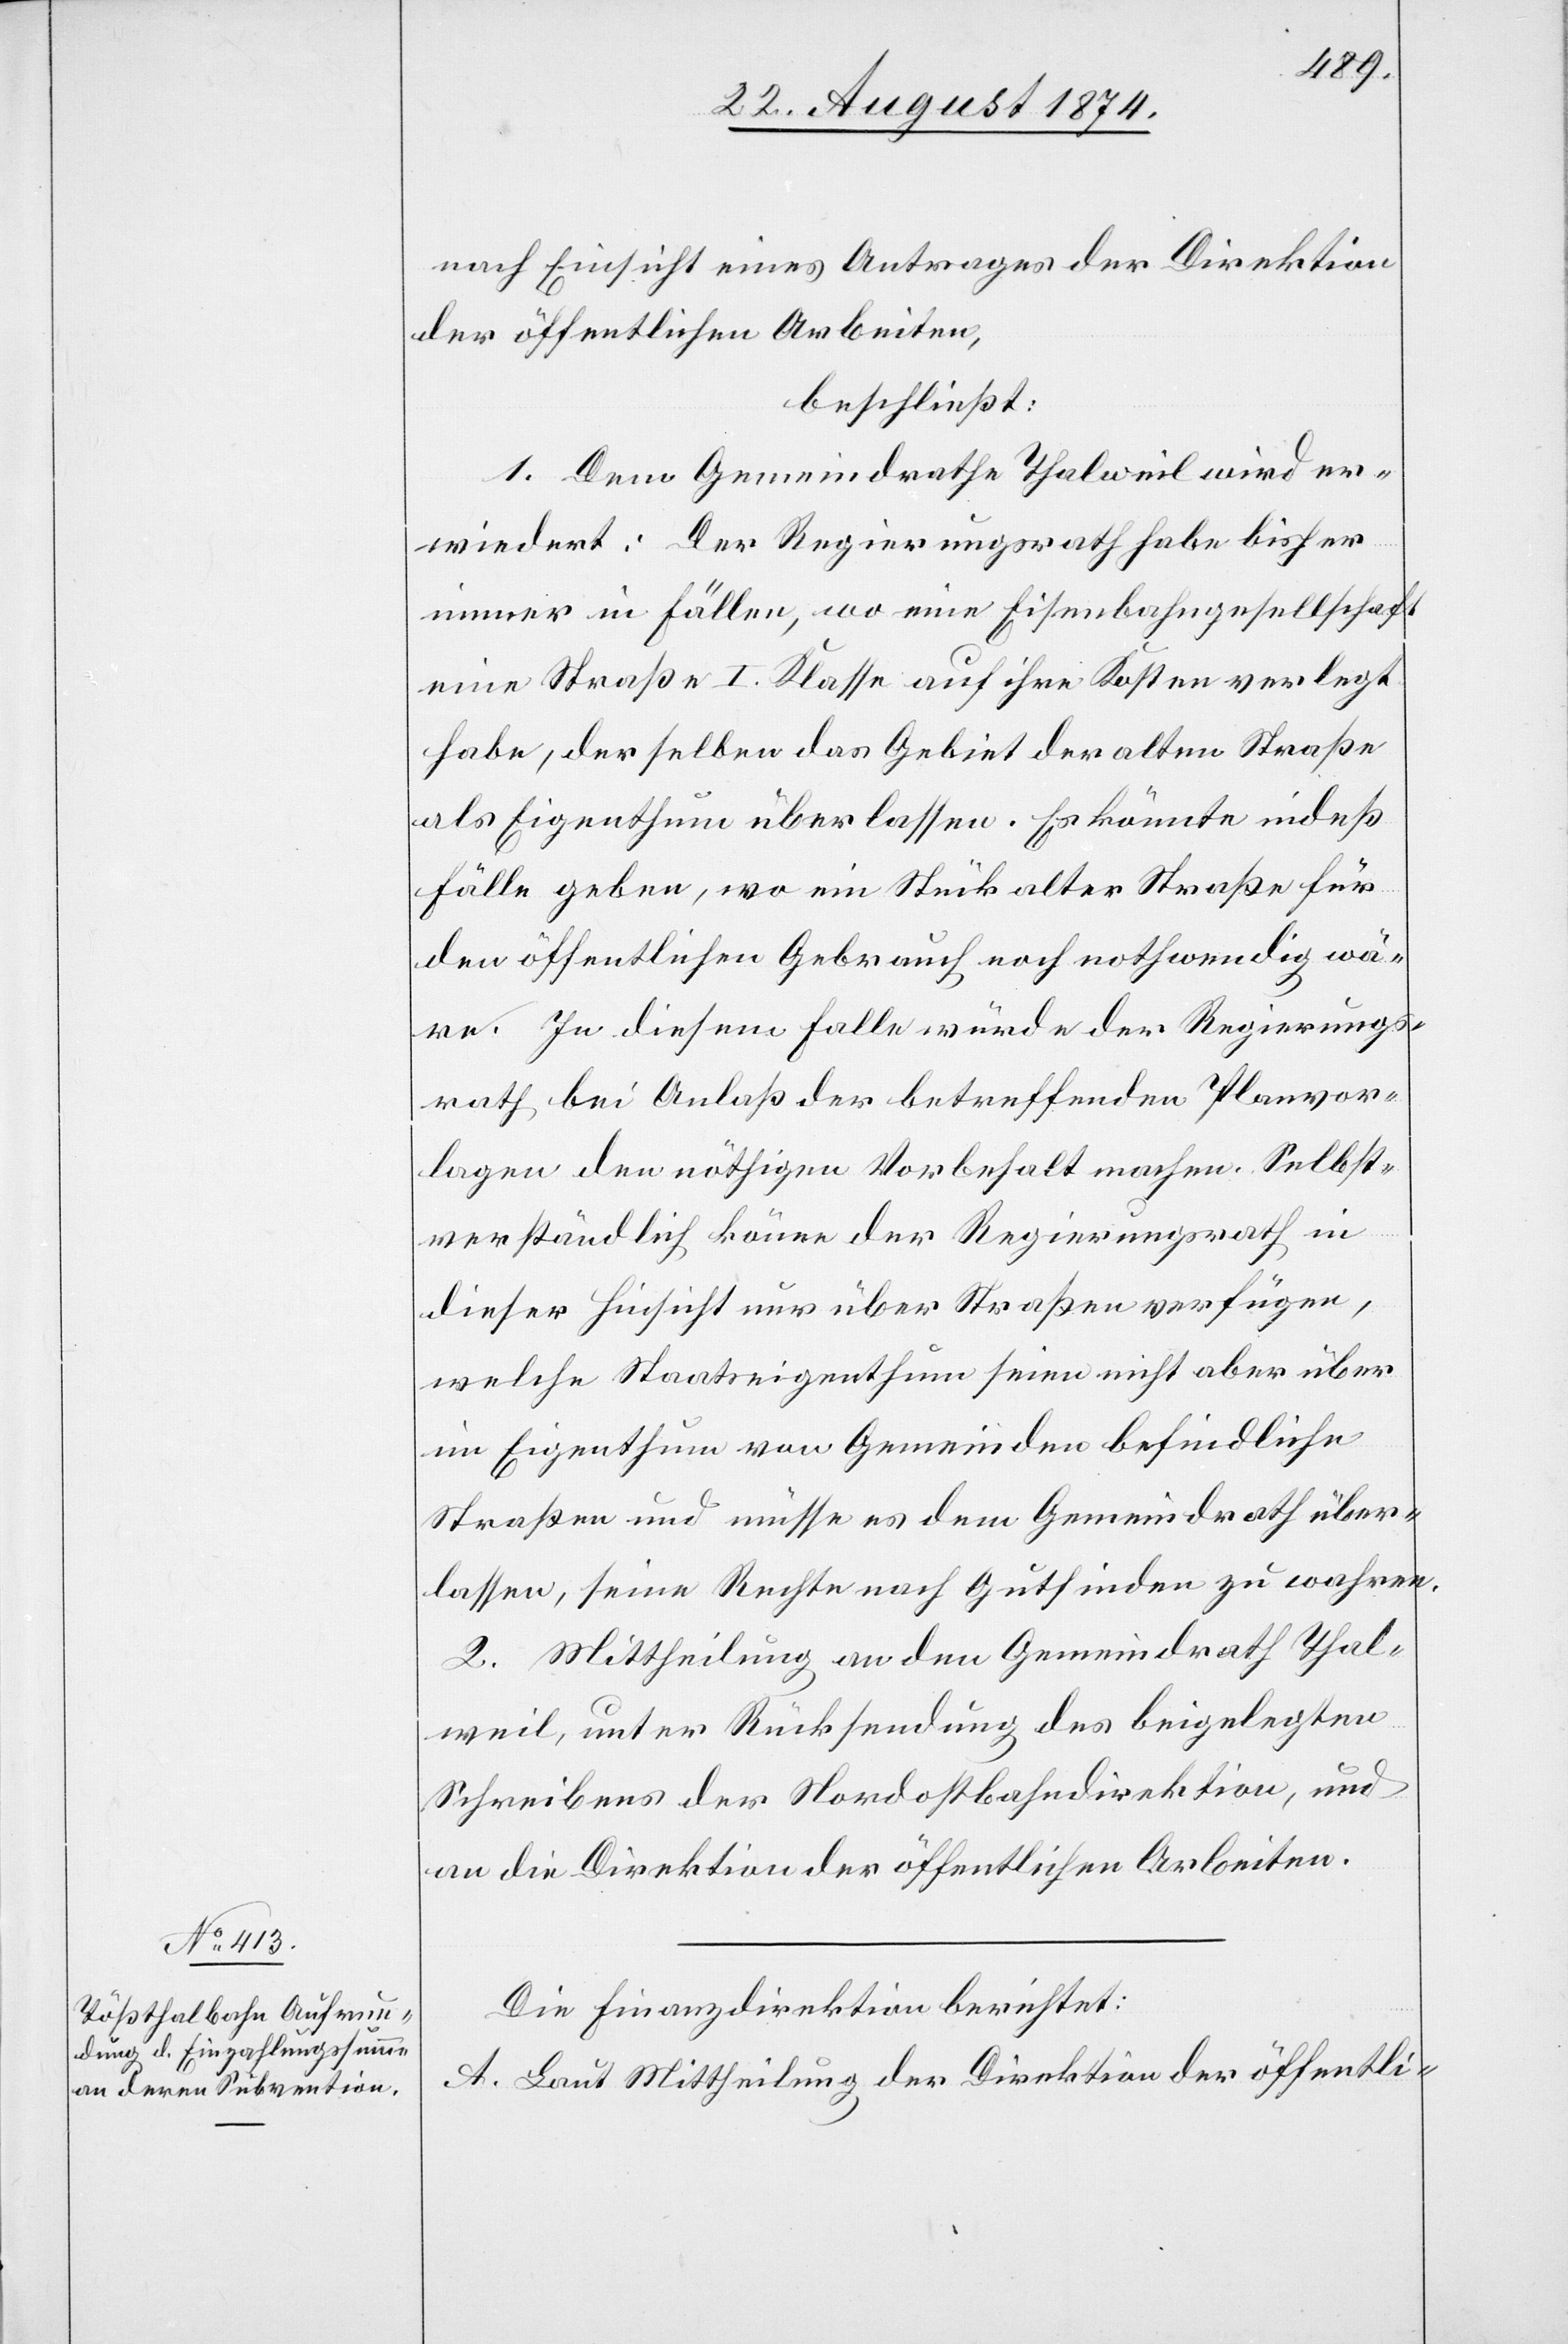
nach Einsicht eines Antrages der Direktion
der öffentlichen Arbeiten,
beschließt:
1. Dem Gemeindrathe Thalweil wird er¬
wiedert: Der Regierungsrath habe bisher
immer in Fällen, wo eine Eisenbahngesellschaft
eine Straße I. Klasse auf ihre Kosten verlegt
habe, derselben das Gebiet der alten Straße
als Eigenthum überlassen. Es könnte indeß
Fälle geben, wo ein Stück alter Straße für
den öffentlichen Gebrauch noch nothwendig wä¬
re. In diesem Falle würde der Regierungs¬
rath bei Anlaß der betreffenden Planvor¬
lagen den nöthigen Vorbehalt machen. Selbst¬
verständlich könne der Regierungsrath in
dieser Hinsicht nur über Straßen verfügen,
welche Staatseigenthum seien[,] nicht aber über
im Eigenthum von Gemeinden befindliche
Straßen und müsse es dem Gemeindrath über¬
lassen, seine Rechte nach Gutfinden zu wahren.
2. Mittheilung an den Gemeindrath Thal¬
weil, unter Rücksendung des beigelegten
Schreibens der Nordostbahndirektion, und
an die Direktion der öffentlichen Arbeiten.
Die Finanzdirektion berichtet:
A. Laut Mittheilung der Direktion der öffentli-